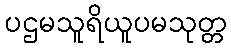
ပဌမသူရိယူပမသုတ္တ